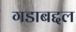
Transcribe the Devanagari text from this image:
गडाबद्दल